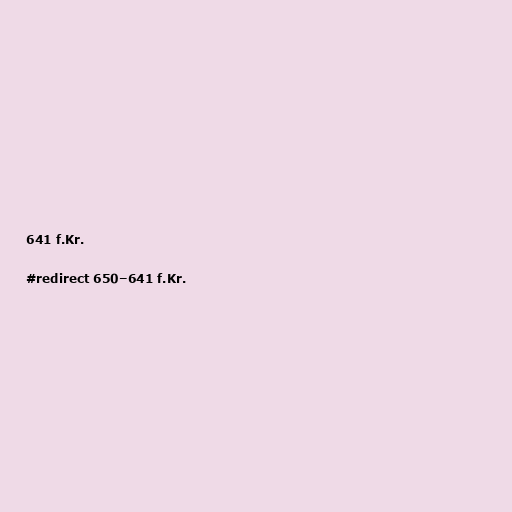
641 f.Kr.

#redirect 650–641 f.Kr.